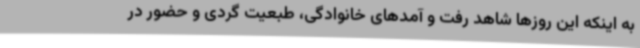
به اینکه این روزها شاهد رفت و آمدهای خانوادگی، طبعیت گردی و حضور در